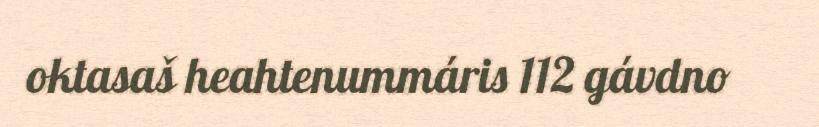
oktasaš heahtenummáris 112 gávdno